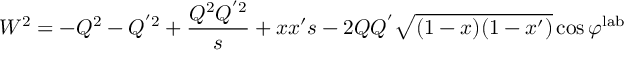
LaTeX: W ^ { 2 } = - Q ^ { 2 } - Q ^ { ' 2 } + \frac { Q ^ { 2 } Q ^ { ' 2 } } { s } + x x ^ { \prime } s - 2 Q Q ^ { ' } \sqrt { ( 1 - x ) ( 1 - x ^ { \prime } ) } \cos \varphi ^ { \mathrm { l a b } }